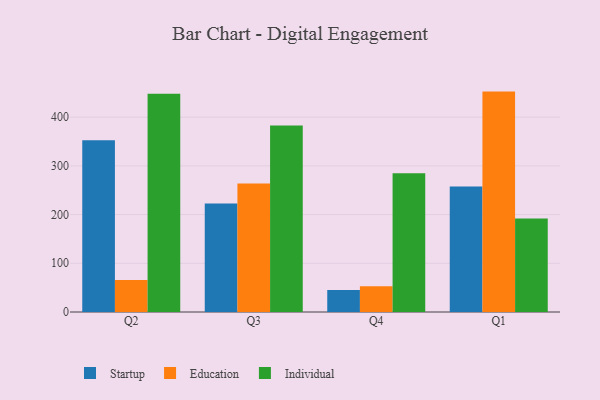
{"axis": {"x": "Quarter", "y": "Website Visitors"}, "legend": ["Education", "Individual", "Startup"], "data": [{"x": "Q2", "y": 352.4, "type": "Startup"}, {"x": "Q2", "y": 65.5, "type": "Education"}, {"x": "Q2", "y": 448.2, "type": "Individual"}, {"x": "Q3", "y": 222.5, "type": "Startup"}, {"x": "Q3", "y": 263.6, "type": "Education"}, {"x": "Q3", "y": 382.7, "type": "Individual"}, {"x": "Q4", "y": 45.1, "type": "Startup"}, {"x": "Q4", "y": 52.7, "type": "Education"}, {"x": "Q4", "y": 284.7, "type": "Individual"}, {"x": "Q1", "y": 257.4, "type": "Startup"}, {"x": "Q1", "y": 452.4, "type": "Education"}, {"x": "Q1", "y": 191.9, "type": "Individual"}]}